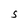
Character: S